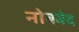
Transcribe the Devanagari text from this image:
नोबबेद